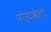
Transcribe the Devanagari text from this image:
पोर्टबेलो